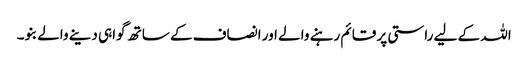
اللہ کے لیے راستی پر قائم رہنے والے اور انصاف کے ساتھ گواہی دینے والے بنو۔